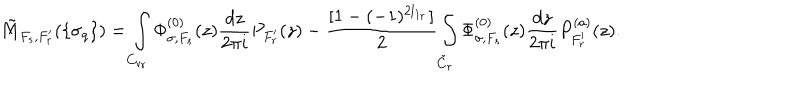
\tilde { M } _ { F _ { s } , F _ { r } ^ { \prime } } ( \{ \sigma _ { q } \} ) = \int _ { C _ { v _ { r } } } \Phi _ { \sigma , F _ { s } } ^ { ( 0 ) } ( z ) \frac { d z } { 2 \pi i } P _ { F _ { r } ^ { \prime } } ( z ) - \frac { [ 1 - ( - 1 ) ^ { 2 l _ { 1 _ { r } } } ] } { 2 } \int _ { \tilde { C } _ { r } } \Phi _ { \sigma , F _ { s } } ^ { ( 0 ) } ( z ) \frac { d z } { 2 \pi i } P _ { F _ { r } ^ { \prime } } ^ { ( a ) } ( z ) .